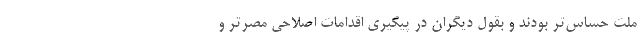
ملت حساس‌تر بودند و بقول دیگران در پیگیری اقدامات اصلاحی مصرتر و